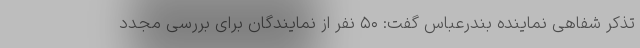
تذکر شفاهی نماینده بندرعباس گفت: ۵۰ نفر از نمایندگان برای بررسی مجدد